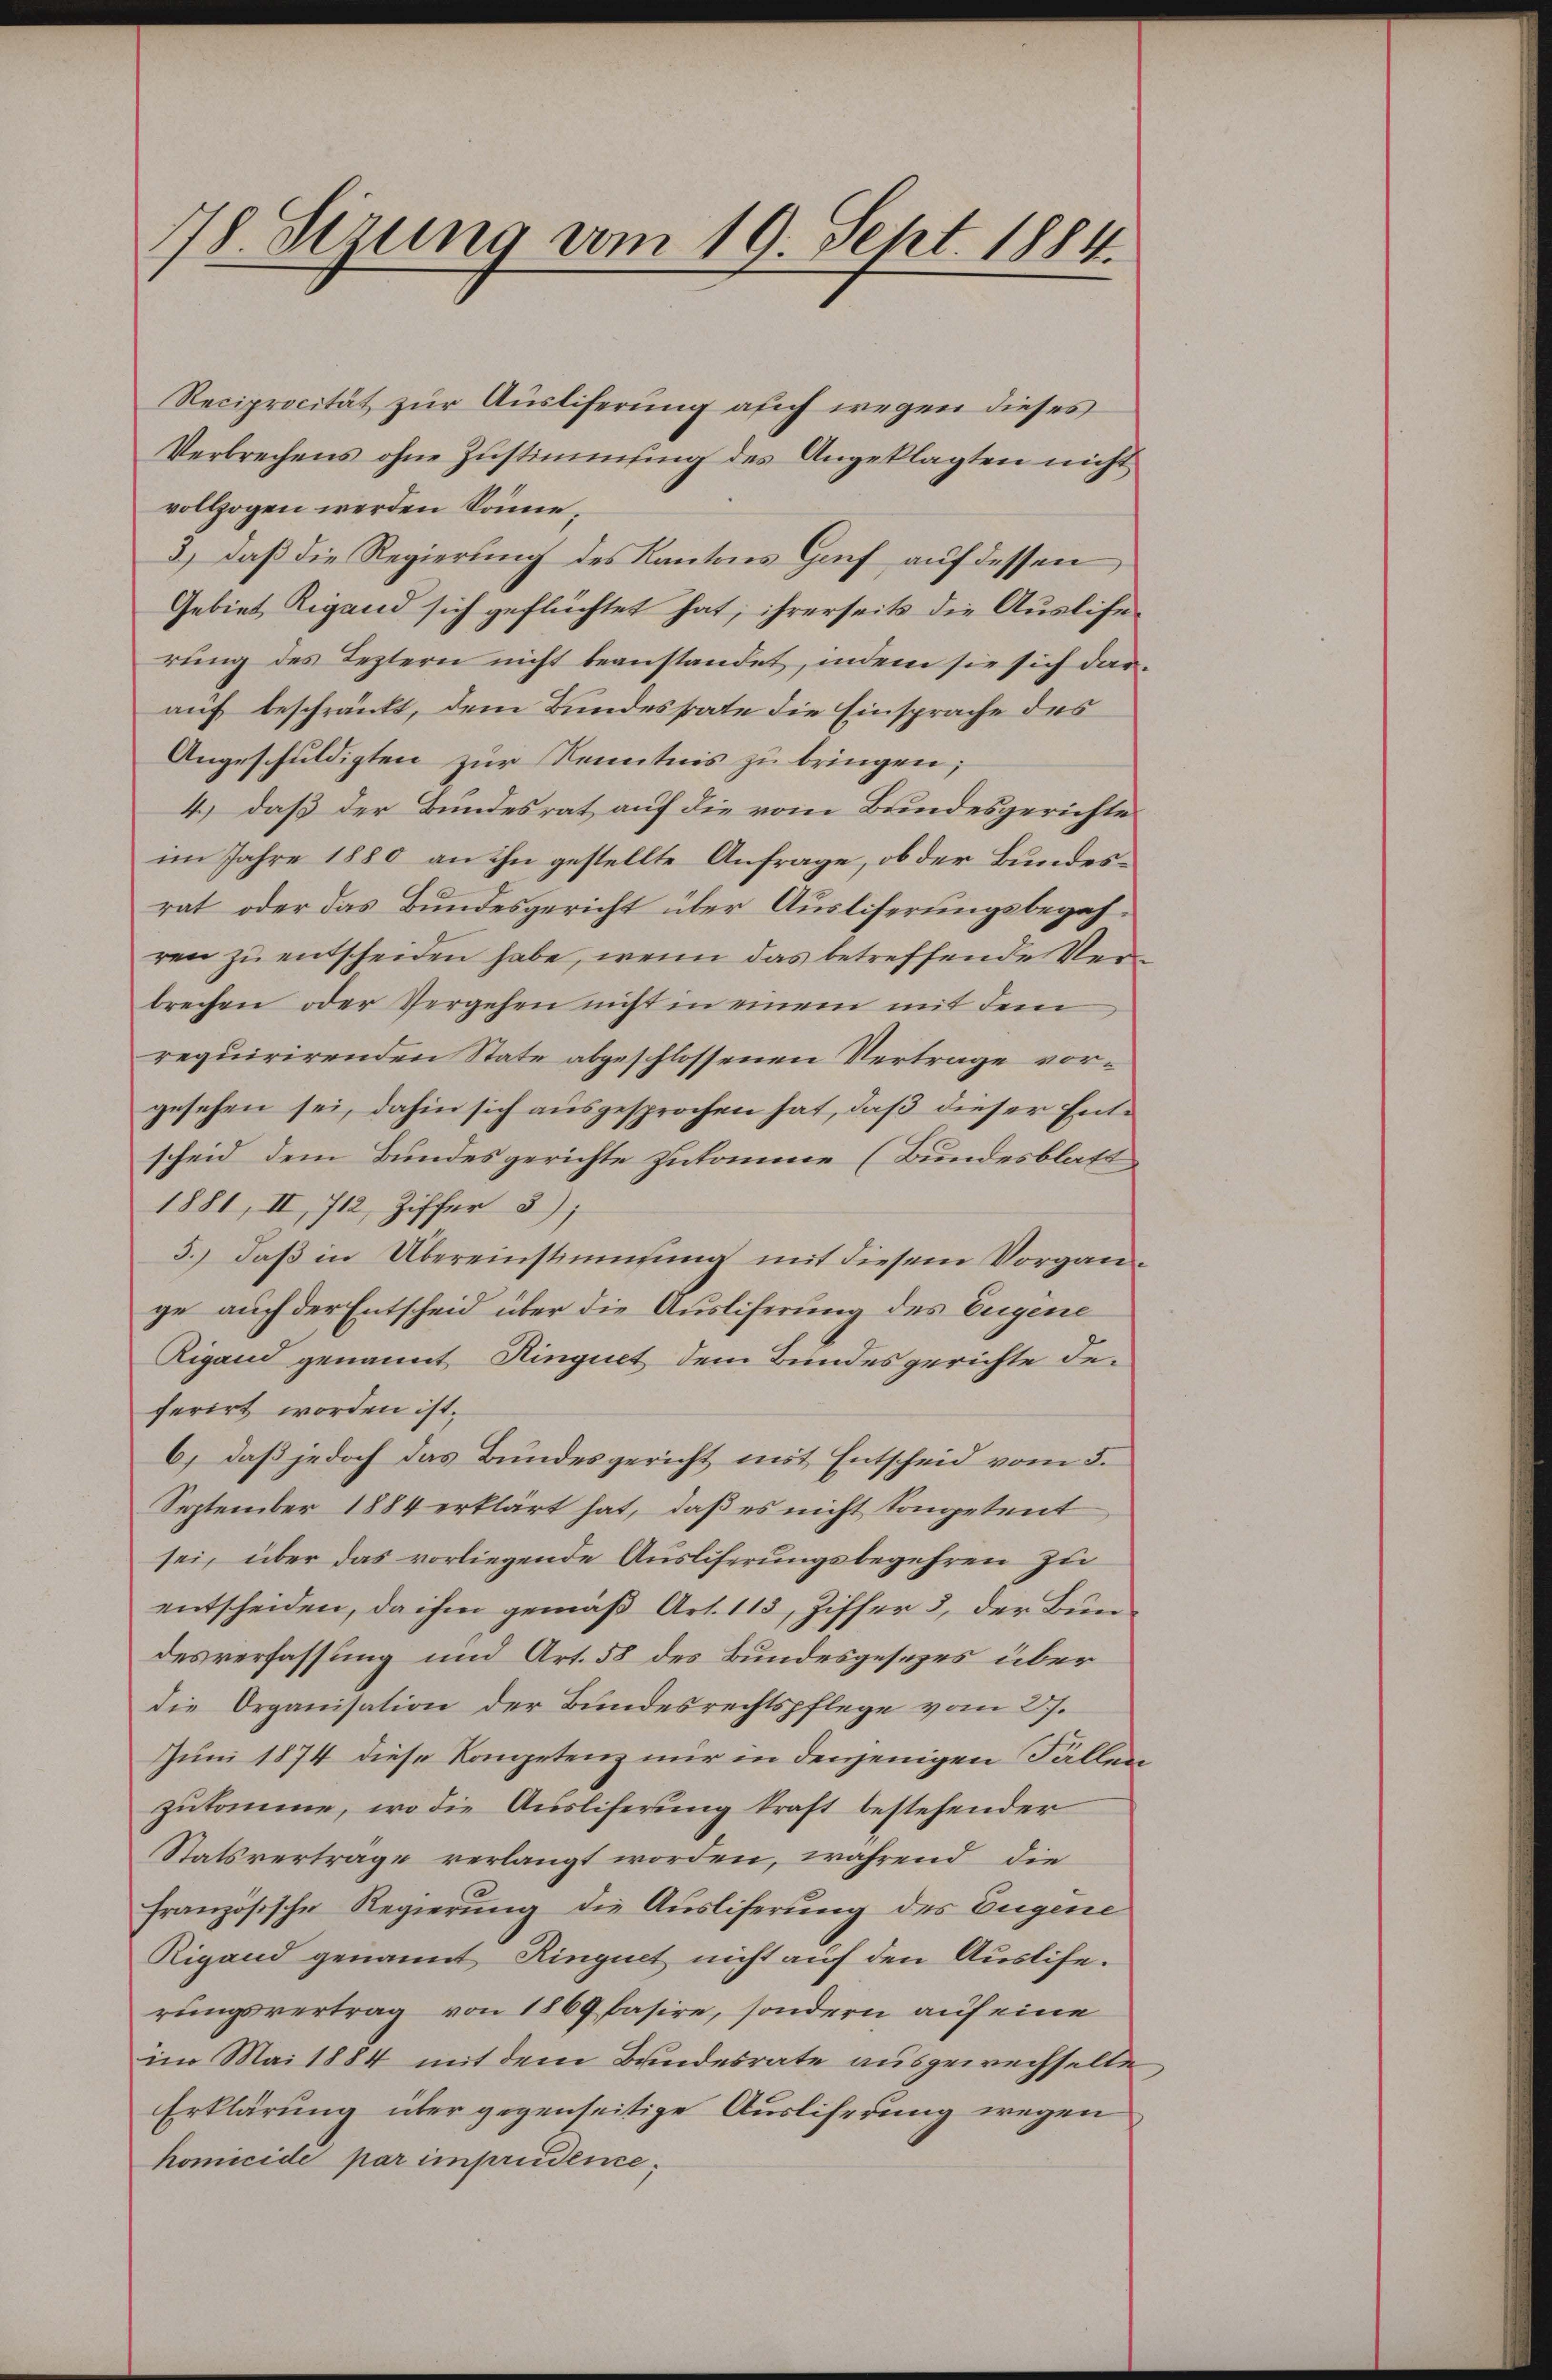
78. Sizung vom 19. Sept. 1884.

Reciprocität zur Ausliferung auch wegen dieses
Verbrechens ohne Zustimmung des Angeklagten nicht
vollzogen werden Sonne,
3) daß die Regierung des Kantons Genf auf dessen
Gebiet Rigand sich geflüchtet hat; ihrerseits die Auslife
rŭng des Leztern nicht beanstandet, indem sie sich dar-
auf beschränkt, dem Bundesstate die Einsprache des
Angeschuldigten zur Kenntnis zu bringen;
4.) daß der Bundesrat auf die vom Bundesgerichte
im Jahre 1880 an ihn gestellte Anfrage, ob der Bundesrat oder das Bundesgericht über Ausliferungsbegehren zu entscheiden habe, wenn das betreffende Verbrechen oder Vergehen nicht in einem mit dem
requirirenden State abgeschlossenen Vertrage vorgesehen sei, dahin sich ausgesprochen hat, daß dieser Entscheid dem Bundesgerichte zukomme (Bundesblatt
1881, II, 712, Ziffer 5);
5.) daß in Übereinstimmung mit diesem Vorgange auch der Entscheid über die Ausliferung des Eugene
Rigand genannt Ringiet dem Bundesgerichte deferirt worden ist.
b) daß jedoch das Bundesgericht mit Entscheid vom 5.
September 1884 erklärt hat, daß es nicht kompetent
sei, über das vorliegende Ausliferungsbegehren zu
entscheiden, da ihm gemäß Art. 113, Ziffer 3, der Bundesverfassung und Art. 58 des Bundesgesezes über
die Organisation der Bundesrechtspflege vom 27.
Juni 1874 diese Kompetenz nur in denjenigen Fällen
zukomme, wo die Ausliferung kraft bestehender
Statsvertrage verlangt worden, während die
französische Regierung die Ausliferung des Eugene
Rigand genannt Ringnet nicht auf den Auslise.
rungsvertrag von 1869 kasire, sondern auf eine
im Mai 1884 mit dem Bundesrate ausgewechselte
Erklärung über gegenseitige Ausliferung wegen
homicide par impreidene